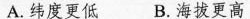
A.纬度更低B.海拔更高